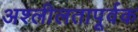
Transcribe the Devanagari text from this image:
अश्लीलतापूर्वक